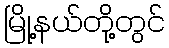
မြို့နယ်တို့တွင်